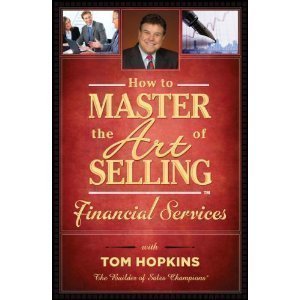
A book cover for How to Master the Art of Selling Financial Services; Tom Hopkins; Comics & Graphic Novels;